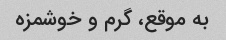
به موقع، گرم و‌ خوشمزه